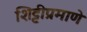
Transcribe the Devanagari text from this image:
शिट्टीप्रमाणे